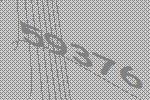
59376